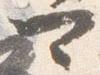
可